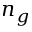
n _ { g }